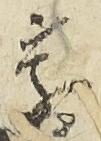
慶